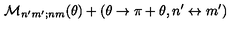
{ \cal M } _ { n ^ { \prime } m ^ { \prime } ; n m } ( \theta ) + ( \theta \rightarrow \pi + \theta , n ^ { \prime } \leftrightarrow m ^ { \prime } )